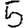
Digit: 5